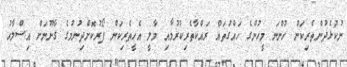
ނުކުޅެދުންތެރިކަން ހުންނަ މީހުންގެ ހައްގުތައް ރައްކާތެރިކުރުމާއި މާލީ އެހީތެރިކަން ފޯރުކޮށްދިނުމުގެ ގާނޫނަށް އިސްލާހު